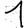
Digit: 1